Medical and sanitary report on the native army of Bombay for the year
Year: 1879
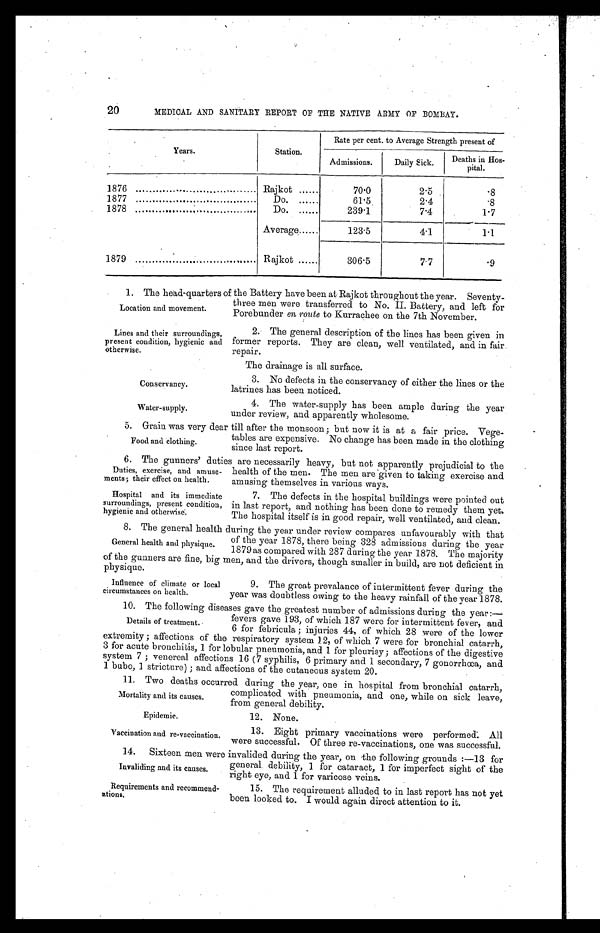
Epidemic.
Vaccination and re-vaccination.
MEDICAL AND SANITARY REPORT OF THE NATIVE ARMY OF BOMBAY.
Years.
Station.
Rate per cent. to Average Strength present of
Admissions.
Daily Sick.
Deaths in Hos-
pital.
1876 . . .
Rajkot . . .
70.0
2.5
.8
1877 . . .
Do. . . .
61.5
2.4
.8
1878 . . .
Do. . . .
239.1
7.4
1.7
Average . . .
123.5
4.1
1.1
1879 . . .
Rajkot . . .
306.5
7.7
.9
1. The head-quarters of the Battery have been at Rajkot throughout the year. Seventy
-three men were transferred to No. II. Battery, and left for
Porebunder en route to Kurrachee on the 7th November.
20
Location and movement.
Lines and their surroundings,
present condition, hygienic and
otherwise.
Conservancy.
Water-supply.
2. The general description of the lines has been given in
former reports. They are clean, well ventilated, and in fair
repair.
The drainage is all surface.
3. No defects in the conservancy of either the lines or the
latrines has been noticed.
4. The water-supply has been ample during the year
under review, and apparently wholesome.
5. Grain was very dear till after the monsoon; but now it is at a fair price. Vege
-tables are expensive. No change has been made in the clothing
since last report.
6. The gunners' duties are necessarily heavy, but not apparently prejudicial to the
health of the men. The men are given to taking exercise and
amusing themselves in various ways.
Food and clothing.
Duties, exercise, and amuse
-ments; their effect on health.
Hospital and its immediate
surroundings, present condition,
hygienic and otherwise.
7. The defects in the hospital buildings were pointed out
in last report, and nothing has been done to remedy them yet.
The hospital itself is in good repair, well ventilated, and clean.
8. The general health during the year under review compares unfavourably with that
of the year 1878, there being 328 admissions during the year
1879as compared with 287 during the year 1878. The majority
of the gunners are fine, big men, and the drivers, though smaller in build, are not deficient in
physique.
General health and physique.
Influence of climate or local
circumstances on health.
9. The great prevalence of intermittent fever during the
year was doubtless owing to the heavy rainfall of the year 1878.
10. The following diseases gave the greatest number of admissions during the year:—
fevers gave 193, of which 187 were for intermittent fever, and
6 for febricula; injuries 44, of which 28 were of the lower
extremity; affections of the respiratory system 12, of which 7 were for bronchial catarrh,
3 for acute bronchitis, 1 for lobular pneumonia, and 1 for pleurisy; affections of the digestive
system 7; venereal affections 16 (7 syphilis, 6 primary and 1 secondary, 7 gonorrhœa, and
1 bubo, 1 stricture); and affections of the cutaneous system 20.
1 1 . T w o d e a t h s o c c u r r e d d u r i n g t h e y e a r , o n e i n h o s p i t a l f r o m b r o n c h i a l c a t a r r h ,
complicated with pneumonia, and one, while on sick leave,
from general debility.
Details of treatment.
Mortality and its causes.
12. None.
13. Eight primary vaccinations were performed. All
were successful. Of three re-vaccinations, one was successful.
14. Sixteen men were invalided during the year, on the following grounds:—13 for
general debility, 1 for cataract, 1 for imperfect sight of the
right eye, and 1 for varicose veins.
Invaliding and its causes.
Requirements and recommend
-ations.
15. The requirement alluded to in last report has not yet
been looked to. I would again direct attention to it.